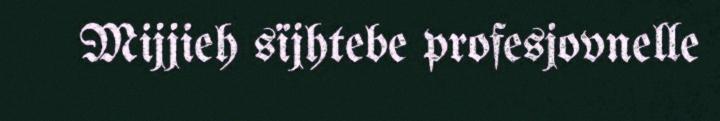
Mijjieh sïjhtebe profesjovnelle